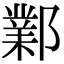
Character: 鄴